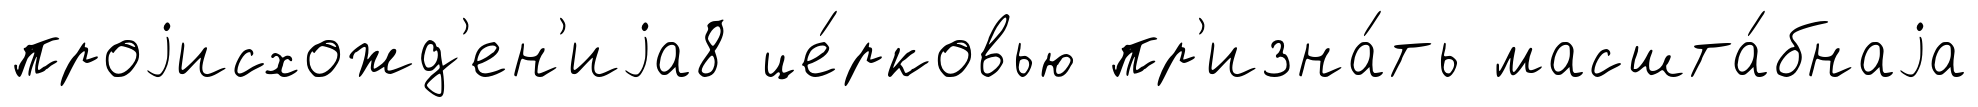
проjисхожд'ен'иjа8 це́рковью пр'изна́ть масшта́бнаjа